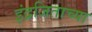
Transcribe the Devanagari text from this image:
इंद्रजिताच्या